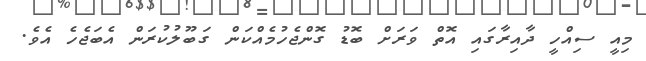
މިއީ ސިއްހީ ދާއިރާގައި އޮތް ވަރަށް ބޮޑު ގޮންޖެހުމެއްކަން ގަބޫލުކުރަން އެބަޖެހެ އެވެ.